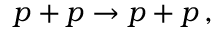
p + p \rightarrow p + p \, ,